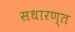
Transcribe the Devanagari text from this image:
सधारण्त